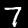
Label: 7